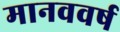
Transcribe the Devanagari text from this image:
मानववर्ष